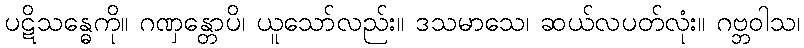
ပဋိသန္ဓေကို။ ဂဏှန္တောပိ၊ ယူသော်လည်း။ ဒသမာသေ၊ ဆယ်လပတ်လုံး။ ဂဗ္ဘဝါသ၊